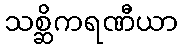
သစ္ဆိကရဏီယာ